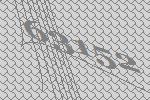
63152